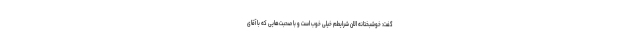
گفت: خوشبختانه الان شرایطم خیلی خوب است و با صحبت‌هایی که با آقای